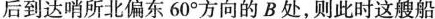
后到达哨所北偏东60°方向的B处，则此时这艘船